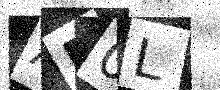
Text: AF0L